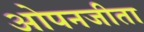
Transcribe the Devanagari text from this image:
ओपनजीता